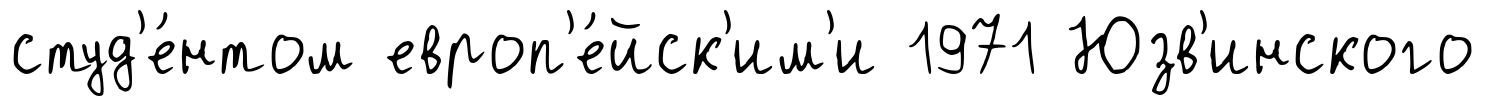
студ'е́нтом европ'е́йск'им'и 1971 Юзв'инского